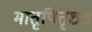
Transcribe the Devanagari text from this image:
मातृपितृछत्र